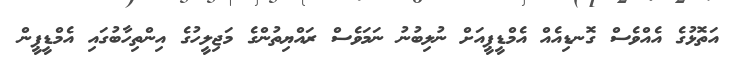
އަތޮޅުގެ އެއްވެސް ގޮނޑިއެއް އެމްޑީޕީއަށް ނުލިބުނު ނަމަވެސް ރައްޔިތުންގެ މަޖިލީހުގެ އިންތިހާބުގައި އެމްޑީޕީން